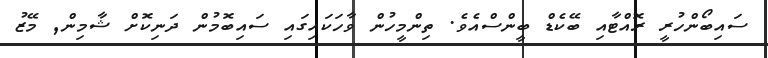
ސައިބޯންހުރީ ރޮއްޓާއި ބޭކެޑް ބީންސްއެވެ. ތިންމީހުން ވާހަކައިގައި ސައިބޮމުން ދަނިކޮށް ޝާމިން